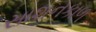
સાશનકાળ